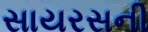
સાયરસની